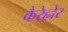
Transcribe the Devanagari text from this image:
कैरेह्नेर